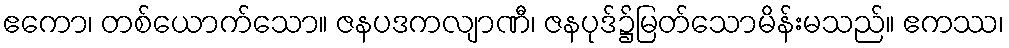
ဧကော၊ တစ်ယောက်သော။ ဇနပဒကလျာဏီ၊ ဇနပုဒ်၌မြတ်သောမိန်းမသည်။ ဧကဿ၊